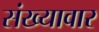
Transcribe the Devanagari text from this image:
संख्यावार